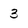
Character: 3